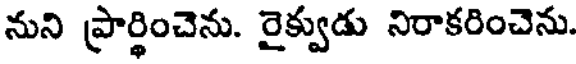
నుని ప్రార్థించెను. రైక్వుడు నిరాకరించెను.